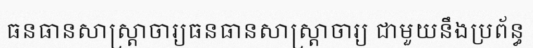
ធនធានសាស្ត្រាចារ្យធនធានសាស្ត្រាចារ្យ ជាមួយនឹងប្រព័ន្ធ